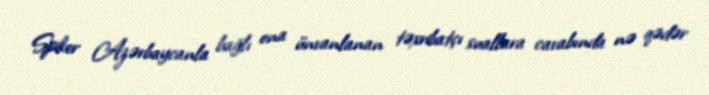
Spiker Azərbaycanla bağlı ona ünvanlanan təxribatçı suallara cavabında nə qədər